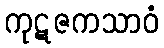
ကုဋဇကသာဝံ